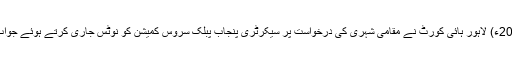
17 اپریل2018ء) لاہور ہائی کورٹ نے مقامی شہری کی درخواست پر سیکرٹری پنجاب پبلک سروس کمیشن کو نوٹس جاری کرتے ہوئے جواب طلب کر لیا۔